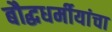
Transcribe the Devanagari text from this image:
बौद्धधर्मीयांचा